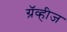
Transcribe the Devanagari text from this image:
ग्रॅव्हीज